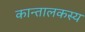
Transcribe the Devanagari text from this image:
कान्तालकस्य